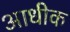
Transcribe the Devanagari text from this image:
आधीक